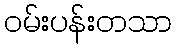
ဝမ်းပန်းတသာ